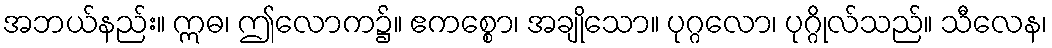
အဘယ်နည်း။ ဣဓ၊ ဤလောက၌။ ဧကစ္စော၊ အချိုသော။ ပုဂ္ဂလော၊ ပုဂ္ဂိုလ်သည်။ သီလေန၊